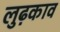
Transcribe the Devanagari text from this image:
लुढ़काव